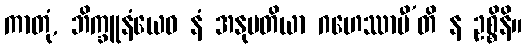
ကာတုံ, ဘိက္ခူနံယေဝ နံ အနုမတိယာ ဂဟေဿာမီ’တိ န ဥစ္စိနိ။